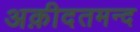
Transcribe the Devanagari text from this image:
अक़ीदतमन्द